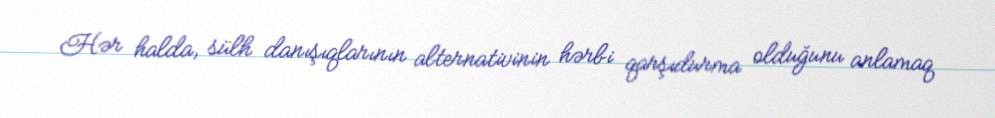
Hər halda, sülh danışıqlarının alternativinin hərbi qarşıdurma olduğunu anlamaq